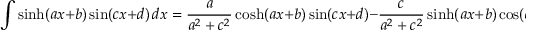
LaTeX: \int \sinh ( a x + b ) \sin ( c x + d ) \, d x = { \frac { a } { a ^ { 2 } + c ^ { 2 } } } \cosh ( a x + b ) \sin ( c x + d ) - { \frac { c } { a ^ { 2 } + c ^ { 2 } } } \sinh ( a x + b ) \cos ( c x + d ) + C